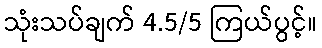
သုံးသပ်ချက် 4.5/5 ကြယ်ပွင့်။